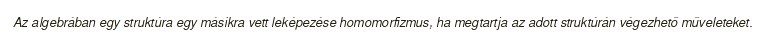
Az algebrában egy struktúra egy másikra vett leképezése homomorfizmus, ha megtartja az adott struktúrán végezhető műveleteket.